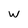
Character: w